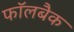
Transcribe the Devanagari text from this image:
फॉलबैक